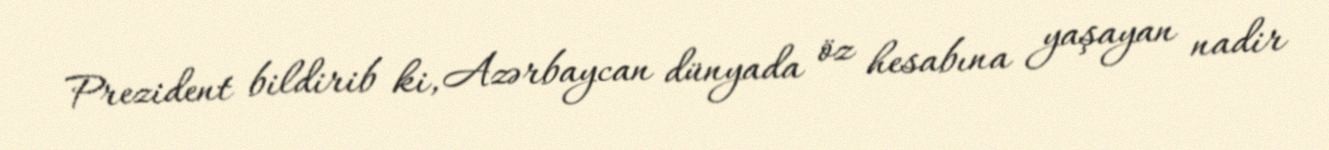
Prezident bildirib ki, Azərbaycan dünyada öz hesabına yaşayan nadir